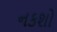
નકશો